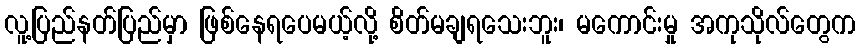
လူ့ပြည်နတ်ပြည်မှာ ဖြစ်နေရပေမယ့်လို့ စိတ်မချရသေးဘူး၊ မကောင်းမှု အကုသိုလ်တွေက